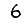
Digit: 6